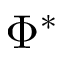
\Phi ^ { * }